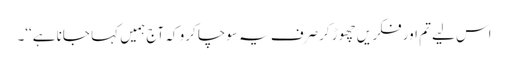
اس لیے تم اور فکر یں چھوڑ کرصرف یہ سوچا کرو کہ آج ہمیں کہا جانا ہے‘‘۔